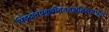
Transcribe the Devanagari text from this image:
पिंडदानंप्रकुर्वीतततश्चतिलतर्पणं